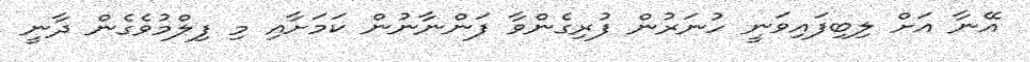
އޭނާ އަށް ލިބިފައިވަނީ ހުނަރުން ފުރިގެންވާ ފަންނާނުން ކަމަށާއި މި ފިލްމުވެގެން ދާނީ